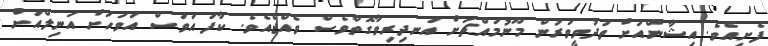
ފެށިއެވެ. އިޝާންއަށް ތަދުވީވަރުން މޫނުމައްޗަށް އަނދިރިވާގޮތްވެސް ވެއްޖެއެވެ. ކާފަ އަވަސް އަވަހަށް އަނިލްއަށް